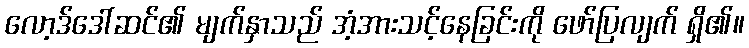
လော့ဒ်ဒေါ်ဆင်၏ မျက်နှာသည် အံ့အားသင့်နေခြင်းကို ဖော်ပြလျက် ရှိ၏။